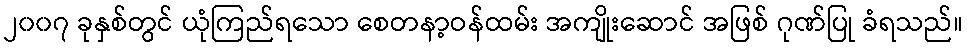
၂၀၀၇ ခုနှစ်တွင် ယုံကြည်ရသော စေတနာ့ဝန်ထမ်း အကျိုးဆောင် အဖြစ် ဂုဏ်ပြု ခံရသည်။